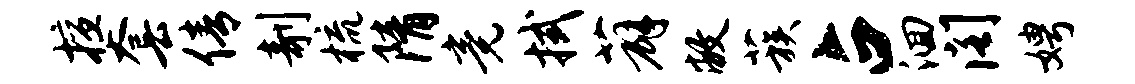
擅套倩剞梳隋竟拭薜敝蔟占洄阁娉